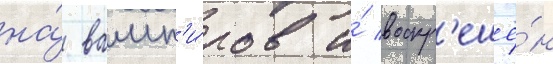
на́ вамп'и́ров и́ воскр'ешё́н